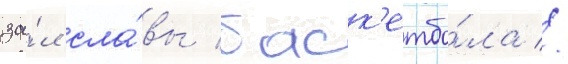
за́л сла́вы баск'етбо́ла //